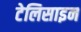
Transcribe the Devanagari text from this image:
टेलिसाइन